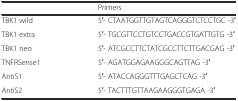
<table><thead><tr><td></td><td><b>Primers</b></td></tr></thead><tbody><tr><td>TBK1 wild</td><td>5′- CTAATGGTTGTAGTCAGGGTCTCCTGC -3′</td></tr><tr><td>TBK1 extra</td><td>5′- TGCGTTCCTGTCCTGACCGTGATTGTG -3′</td></tr><tr><td>TBK1 neo</td><td>5′- ATCGCCTTCTATCGCCTTCTTGACGAG -3′</td></tr><tr><td>TNFRSense1</td><td>5′- AGATGGAGAAGGGCAGTTAG -3′</td></tr><tr><td>AntiS1</td><td>5′- ATACCAGGGTTTGAGCTCAG -3′</td></tr><tr><td>AntiS2</td><td>5′- TACTTTGTTAAGAAGGGTGAGA -3′</td></tr></tbody></table>